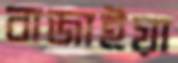
বাজাইয়া